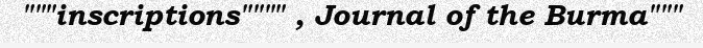
"""inscriptions"""" , Journal of the Burma"""